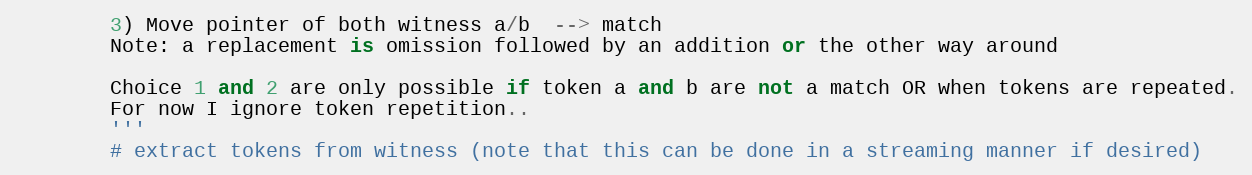
Language: Python
        3) Move pointer of both witness a/b  --> match
        Note: a replacement is omission followed by an addition or the other way around

        Choice 1 and 2 are only possible if token a and b are not a match OR when tokens are repeated.
        For now I ignore token repetition..
        '''
        # extract tokens from witness (note that this can be done in a streaming manner if desired)